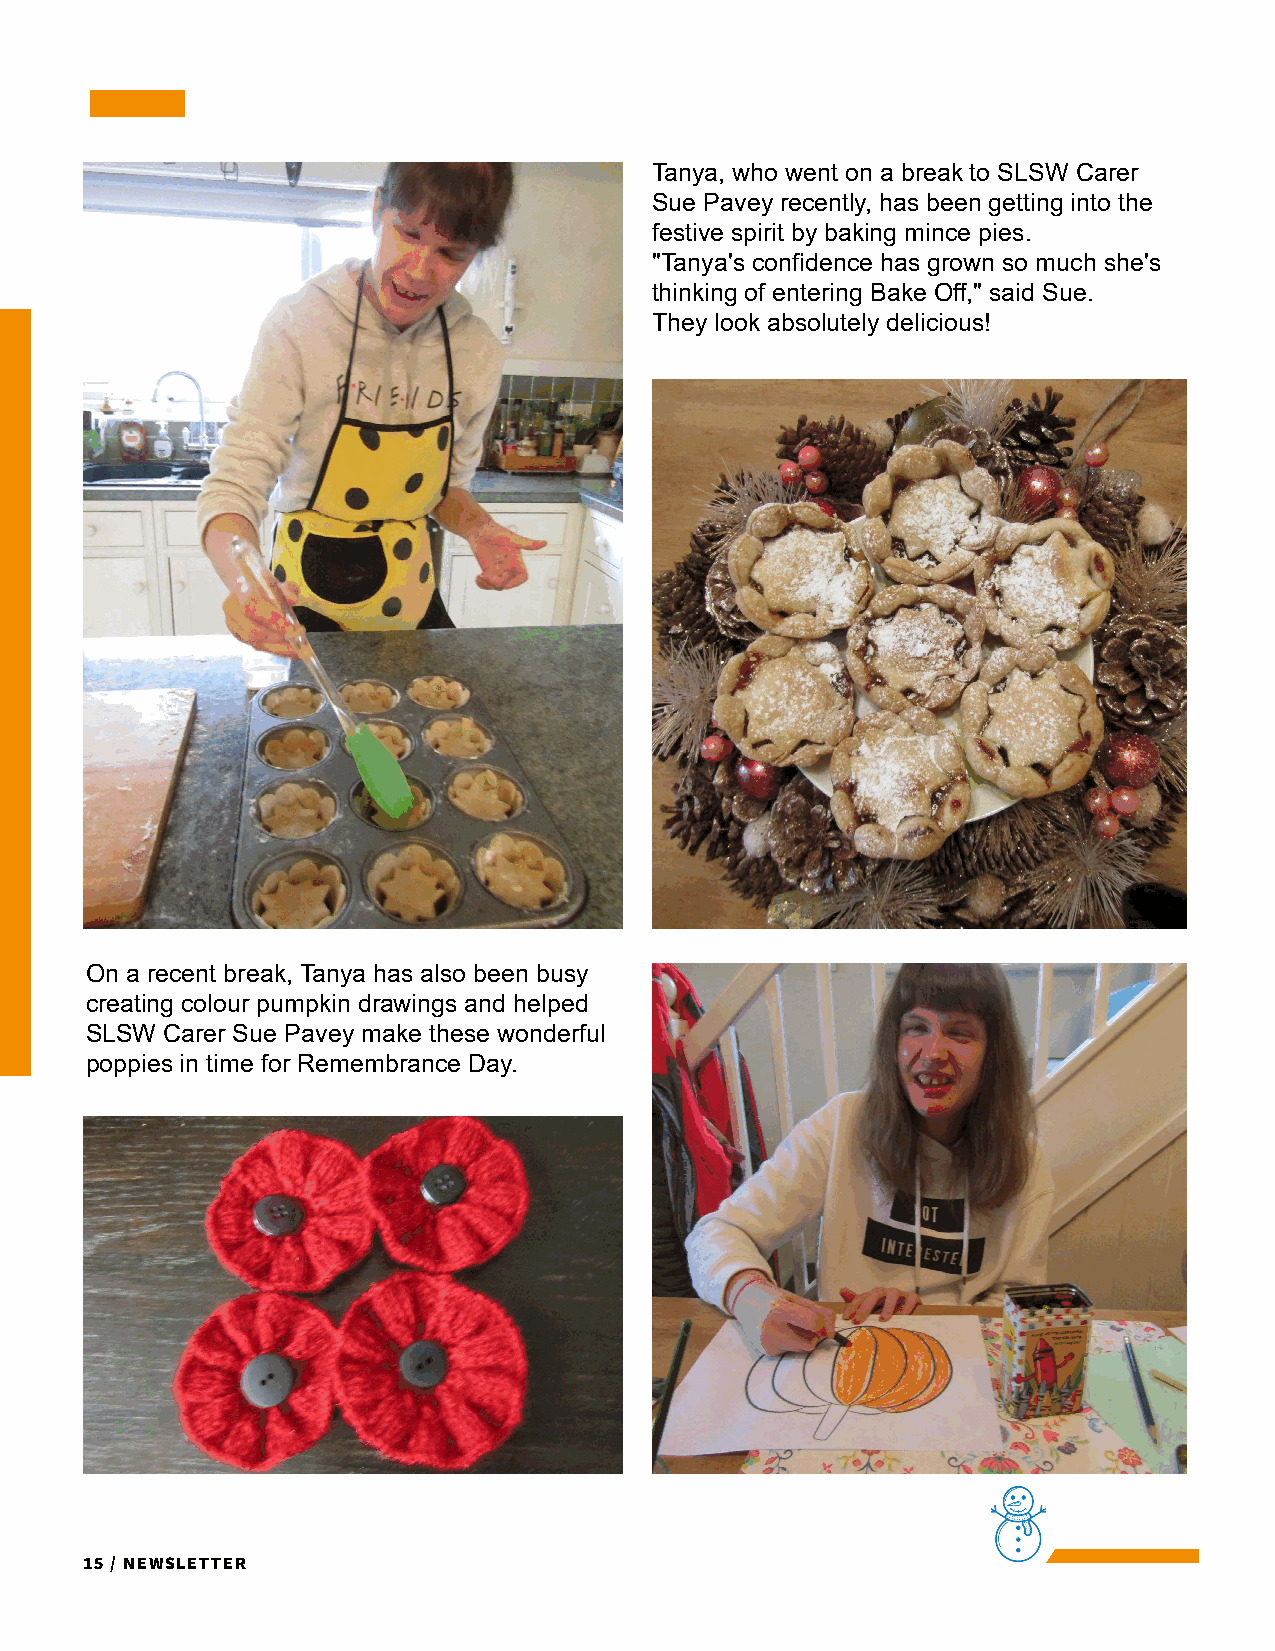
Tanya, who went on a break to SLSW Carer
 Sue Pavey recently, has been getting into the
 festive spirit by baking mince pies.
 "Tanya's confidence has grown so much she's
 thinking of entering Bake Off," said Sue.
 They look absolutely delicious!
 On a recent break, Tanya has also been busy
 creating colour pumpkin drawings and helped
 SLSW Carer Sue Pavey make these wonderful
 poppies in time for Remembrance Day.
 15 / Newsletter